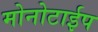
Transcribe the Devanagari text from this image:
मोनोटाईप